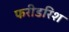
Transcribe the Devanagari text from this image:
फरीडरिश